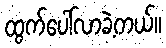
ထွက်ပေါ်လာခဲ့တယ်။